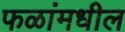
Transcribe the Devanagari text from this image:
फळांमधील